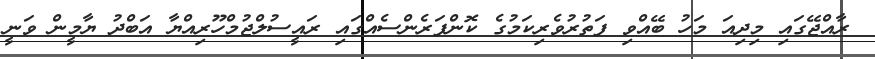
ރާއްޖޭގައި މިދިއަ މަހު ބޭއްވި ފަތުރުވެރިކަމުގެ ކޮންފަރެންސެއްގައި ރައީސުލްޖުމްހޫރިއްޔާ އަބްދު ޔާމީން ވަނީ